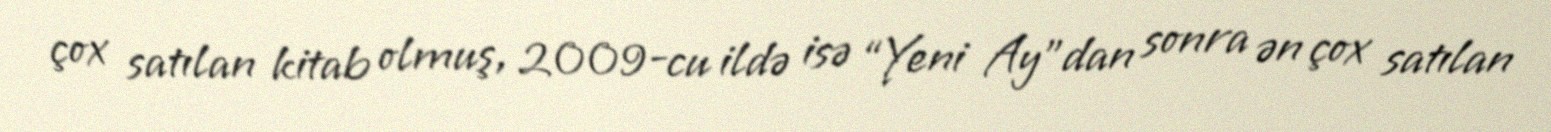
çox satılan kitab olmuş, 2009-cu ildə isə “Yeni Ay”dan sonra ən çox satılan